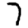
Digit: 7